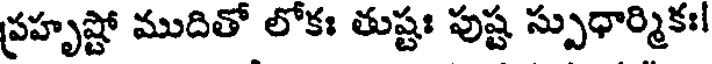
ప్రహృష్టో ముదితో లోకః తుష్టః పుష్ట స్పుధార్మికః!